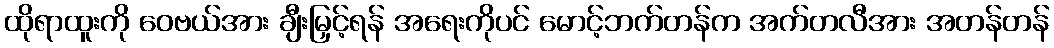
ထိုရာထူးကို ဝေဗယ်အား ချီးမြှင့်ရန် အရေးကိုပင် မောင့်ဘက်တန်က အက်တလီအား အတန်တန်